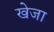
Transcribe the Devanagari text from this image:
खेजा